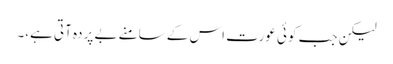
لیکن جب کوئی عورت اس کے سامنے بے پردہ آتی ہے،۔